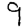
Digit: 9